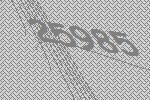
25985